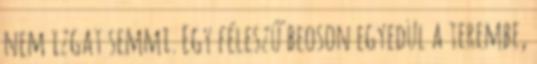
nem izgat semmi. Egy féleszű beoson egyedül a terembe,